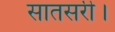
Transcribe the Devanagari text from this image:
सातसरी।